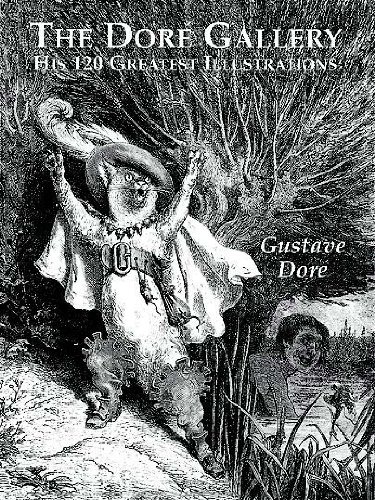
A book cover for The Dore Gallery: His 120 Greatest Illustrations (Dover Pictorial Archives); Gustave DorÃ©; Arts & Photography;